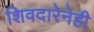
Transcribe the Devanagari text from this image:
शिवदारेनेही